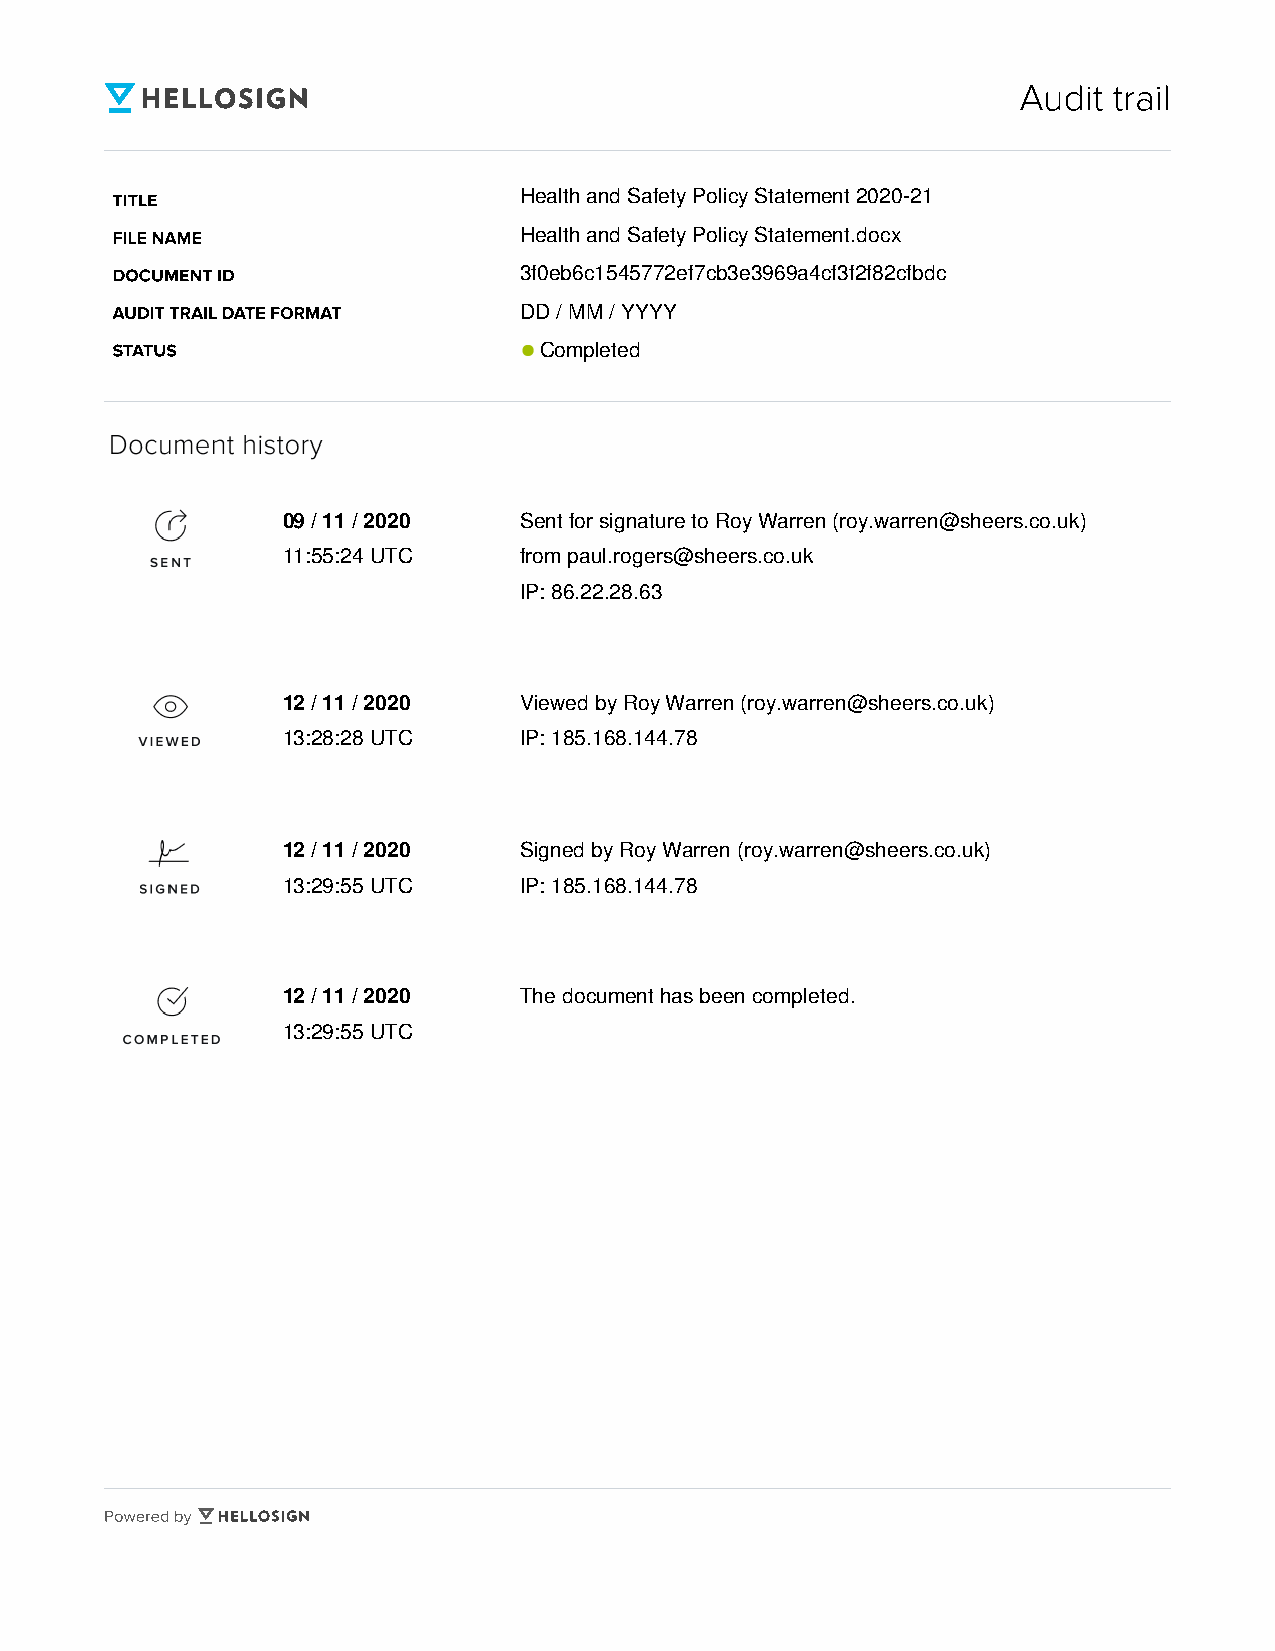
Audit  trail
 TITLE
 Health and Safety Policy Statement 2020-21
 FILE NAME
 Health and Safety Policy Statement.docx
 DOCUMENT ID
 3f0eb6c1545772ef7cb3e3969a4cf3f2f82cfbdc
 AUDIT TRAIL DATE FORMAT
 DD / MM / YYYY
 STATUS
 Completed
 09 / 11 / 2020 Sent for signature to Roy Warren (roy.warren@sheers.co.uk)
 11:55:24 UTC   from paul.rogers@sheers.co.uk
 IP: 86.22.28.63
 12 / 11 / 2020 Viewed by Roy Warren (roy.warren@sheers.co.uk)
 13:28:28 UTC   IP: 185.168.144.78
 12 / 11 / 2020 Signed by Roy Warren (roy.warren@sheers.co.uk)
 13:29:55 UTC   IP: 185.168.144.78
 12 / 11 / 2020 The document has been completed.
 13:29:55 UTC